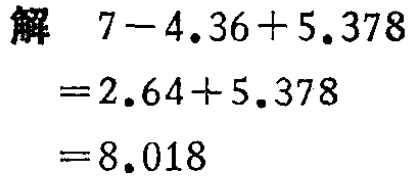
解
\[
\begin{align*}
&7 - 4.36 + 5.378\\
=&2.64+ 5.378\\
=&8.018
\end{align*}
\]